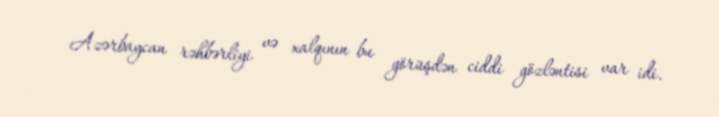
Azərbaycan rəhbərliyi və xalqının bu görüşdən ciddi gözləntisi var idi.